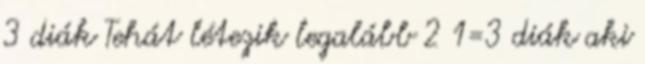
3 diák Tehát létezik legalább 2 1=3 diák aki